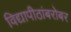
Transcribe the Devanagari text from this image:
विद्यापीठांबरोबर